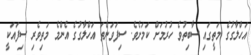
އަހްލާގުގެ މަތީގައި ސާބިތުވެ ހުރުމަށް ކަމަށެވެ. ސިފަވަންތަ އަހްލާގުގެ އެންމެ މަތިވެރި ސިފައަކީ